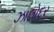
ઝાલોદર